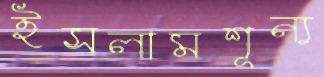
ইসলামশূন্য